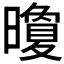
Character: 𪱏